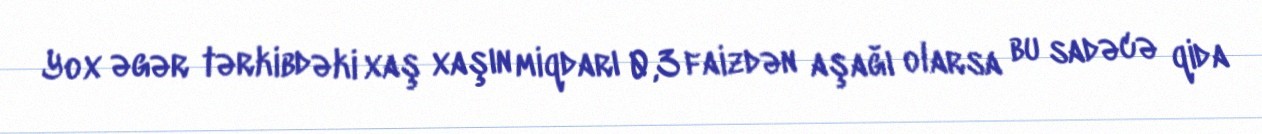
Yox əgər tərkibdəki xaş xaşın miqdarı 0,3 faizdən aşağı olarsa bu sadəcə qida